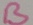
Text: B